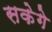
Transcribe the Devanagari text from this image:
सकेगे